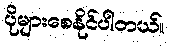
ပိုများစေနိုင်ပါတယ်။